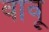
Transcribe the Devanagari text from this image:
वावू